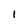
Character: I